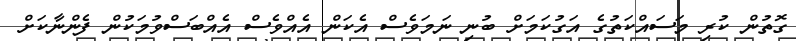
ގޮތުން ކުރި މަސައްކަތުގެ އަގުކަމަށް ބުނި ނަމަވެސް އެކަން އެއްވެސް އެއްބަސްވުމަކުން ފެންނާކަށް